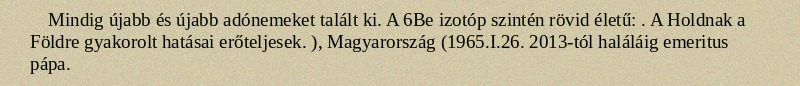
Mindig újabb és újabb adónemeket talált ki. A 6Be izotóp szintén rövid életű: . A Holdnak a Földre gyakorolt hatásai erőteljesek. ), Magyarország (1965.I.26. 2013-tól haláláig emeritus pápa.